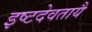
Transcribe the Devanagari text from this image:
इष्टदेवतायै